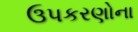
ઉપકરણોના